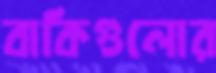
বাকিগুলোর